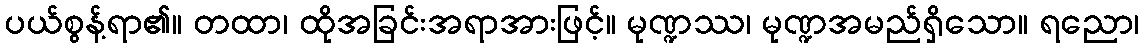
ပယ်စွန့်ရာ၏။ တထာ၊ ထိုအခြင်းအရာအားဖြင့်။ မုဏ္ဍဿ၊ မုဏ္ဍအမည်ရှိသော။ ရညော၊